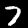
Label: 7